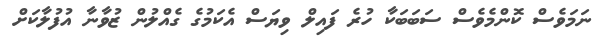
ނަމަވެސް ކޮންމެވެސް ސަބަބަކާ ހުރެ ފައިލް ވިޔަސް އެކަމުގެ ގެއްލުން ޒުވާނާ އުފުލާކަށް